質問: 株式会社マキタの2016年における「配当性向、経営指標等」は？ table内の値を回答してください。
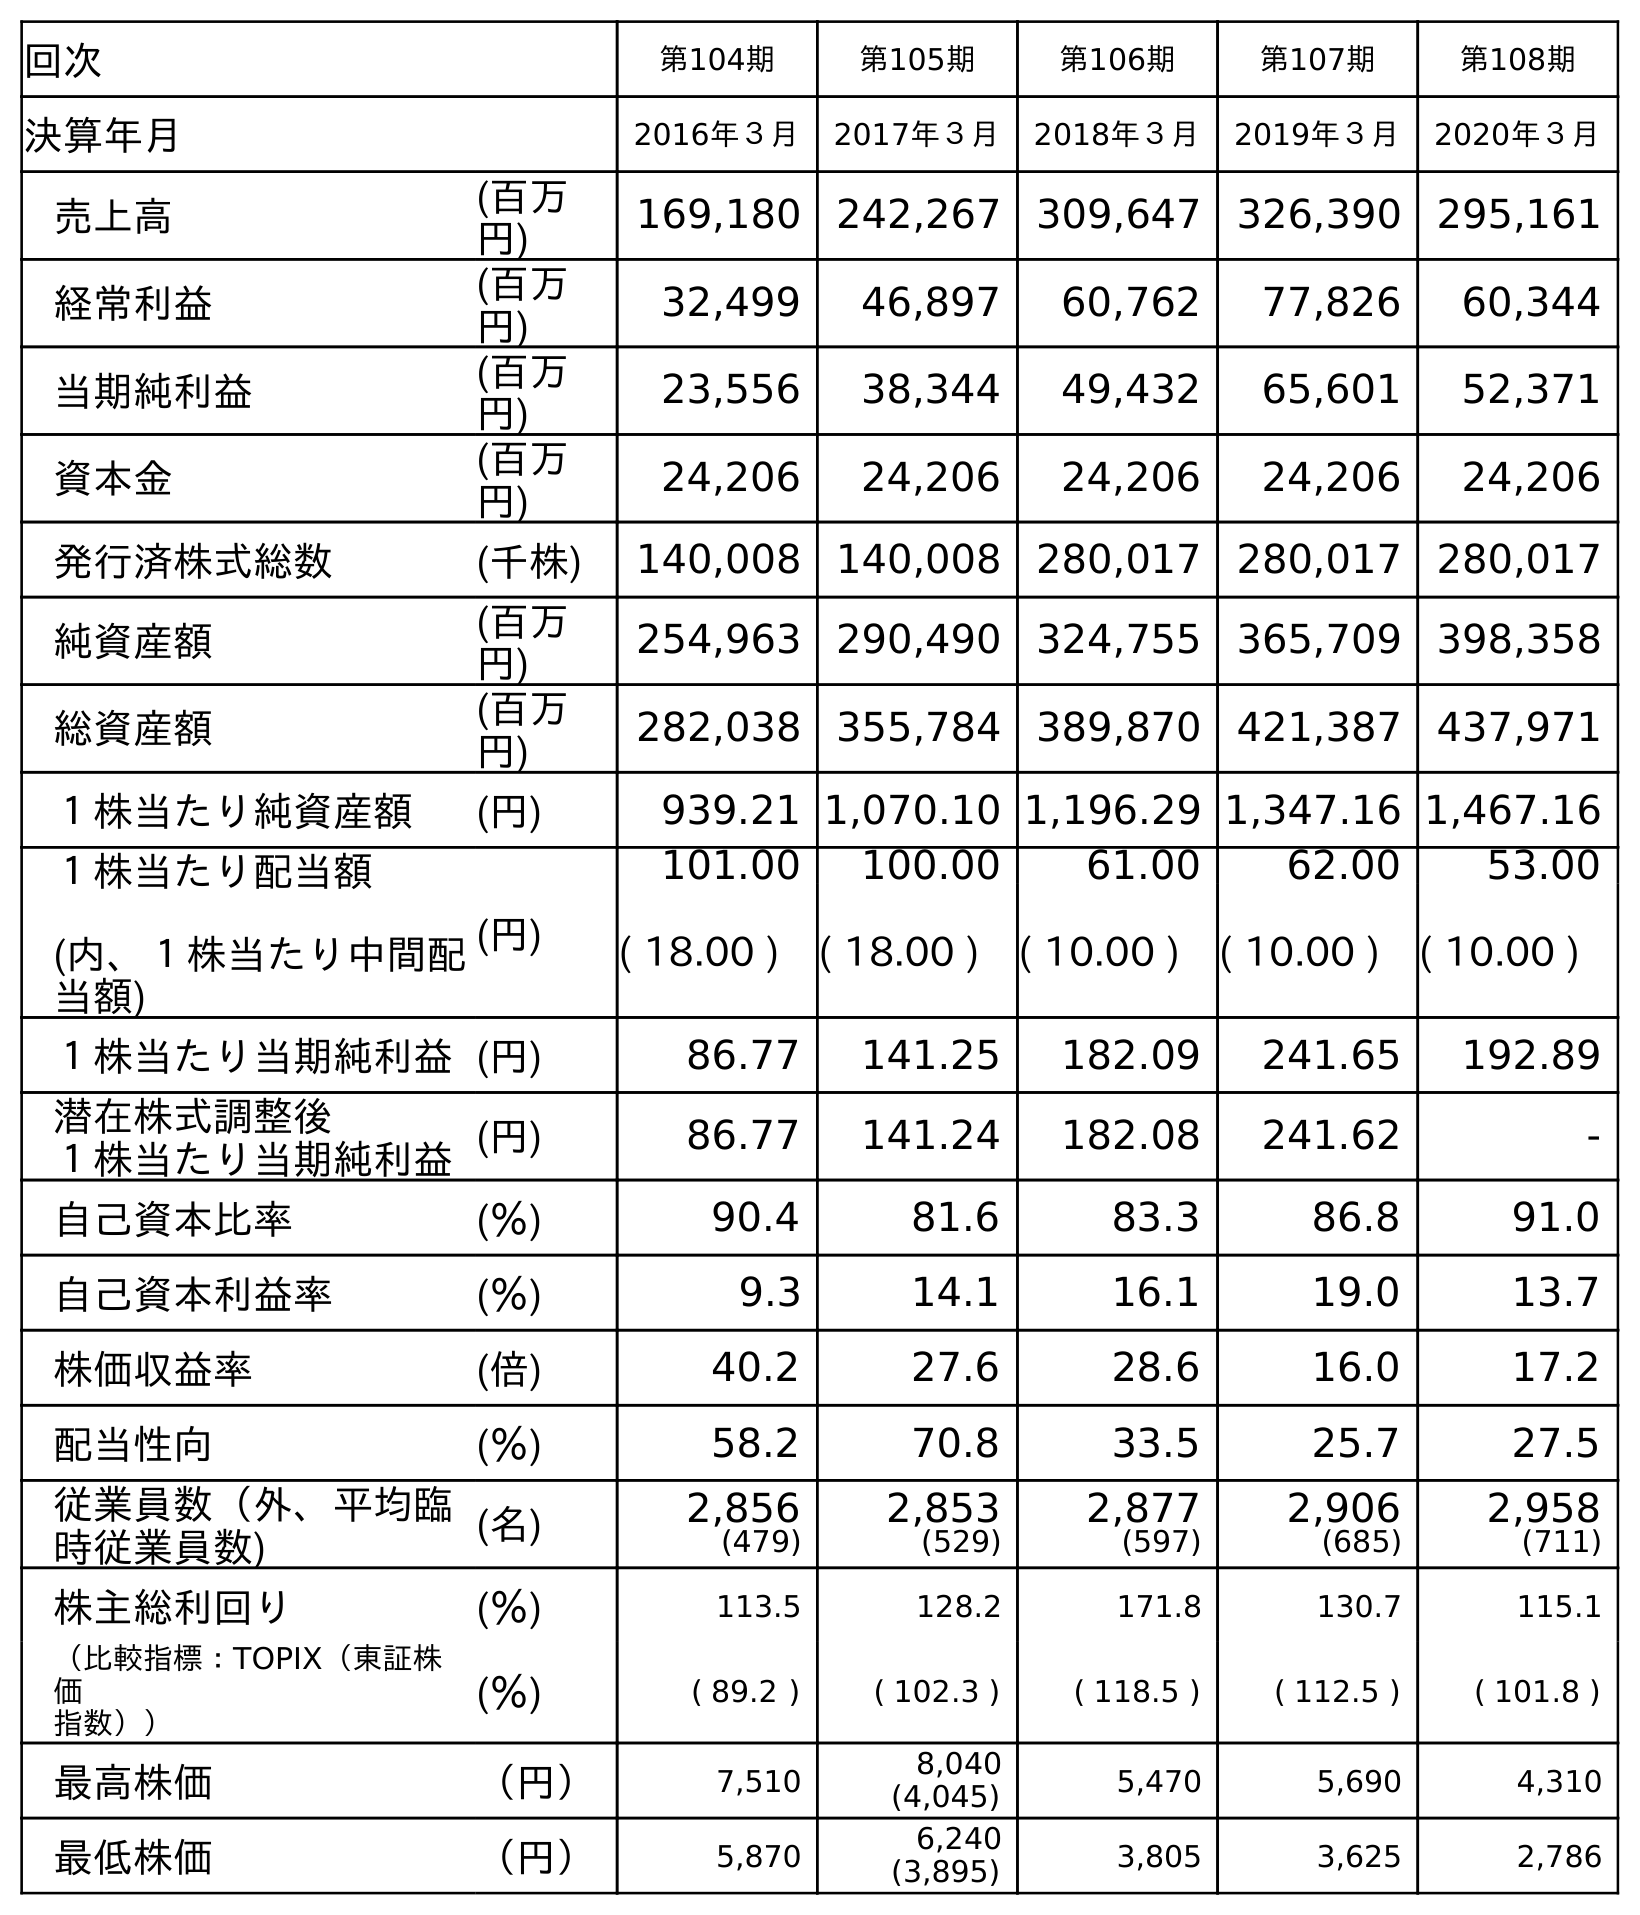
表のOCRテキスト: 回次 第104期 第105期 第106期 第107期 第108期 決算年月 2016年３月 2017年３月 2018年３月 2019年３月 2020年３月 売上高 (百万 円) 169,180 242,267 309,647 326,390 295,161 経常利益 (百万 円) 32,499 46,897 60,762 77,826 60,344 当期純利益 (百万 円) 23,556 38,344 49,432 65,601 52,371 資本金 (百万 円) 24,206 24,206 24,206 24,206 24,206 発行済株式総数 (千株) 140,008 140,008 280,017 280,017 280,017 純資産額 (百万 円) 254,963 290,490 324,755 365,709 398,358 総資産額 (百万 円) 282,038 355,784 389,870 421,387 437,971 １株当たり純資産額 (円) 939.21 1,070.10 1,196.29 1,347.16 1,467.16 １株当たり配当額 (内、１株当たり中間配 当額) (円) 101.00 100.00 61.00 62.00 53.00 ( 18.00 ) ( 18.00 ) ( 10.00 ) ( 10.00 ) ( 10.00 ) １株当たり当期純利益(円) 86.77 141.25 182.09 241.65 192.89 潜在株式調整後 １株当たり当期純利益(円) 86.77 141.24 182.08 241.62 - 自己資本比率 (％) 90.4 81.6 83.3 86.8 91.0 自己資本利益率 (％) 9.3 14.1 16.1 19.0 13.7 株価収益率 (倍) 40.2 27.6 28.6 16.0 17.2 配当性向 (％) 58.2 70.8 33.5 25.7 27.5 従業員数（外、平均臨 時従業員数) (名) 2,856 (479) 2,853 (529) 2,877 (597) 2,906 (685) 2,958 (711) 株主総利回り (％) 113.5 128.2 171.8 130.7 115.1 （比較指標：TOPIX（東証株 価 指数）） (％) ( 89.2 ) ( 102.3 ) ( 118.5 ) ( 112.5 ) ( 101.8 ) 最高株価 （円） 7,510 8,040 (4,045) 5,470 5,690 4,310 最低株価 （円） 5,870 6,240 (3,895) 3,805 3,625 2,786
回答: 58.2